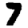
Digit: 7